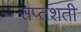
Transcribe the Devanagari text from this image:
सप्‍तशती